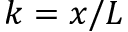
k = x / L